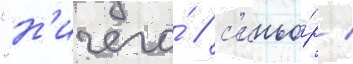
"н'ичего́ / с'иньо́р /